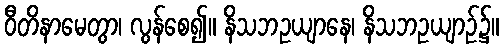
ဝီတိနာမေတွာ၊ လွန်စေ၍။ နိသဘဥယျာနေ၊ နိသဘဥယျာဉ်၌။